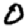
Digit: 0